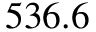
5 3 6 . 6